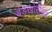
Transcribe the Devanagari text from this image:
बंडखोरीच्या